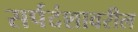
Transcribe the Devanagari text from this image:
सर्पदंशावरील